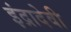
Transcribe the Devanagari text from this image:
इंद्रादेवी